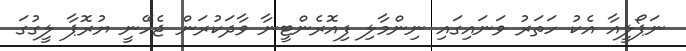
ނަޕޯލީއާ އެކު ހަތަރު ވަނައިގައި ނިންމާލި ފިއޮރެންޓީނާ ވާދަކުރަން ޖެހޭނީ ޔުރޮޕާ ލީގުގަ